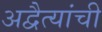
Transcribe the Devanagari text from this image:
अद्वैत्यांची